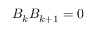
B _ { k } B _ { k + 1 } = 0